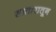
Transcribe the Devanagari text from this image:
सातारातून